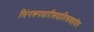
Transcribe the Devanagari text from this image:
लिंगरूपधारीसदाशिवमहादेव